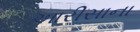
આરીસાના